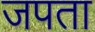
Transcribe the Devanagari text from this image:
जपता